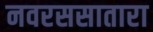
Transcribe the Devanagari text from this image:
नवरससातारा